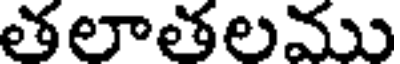
తలాతలము